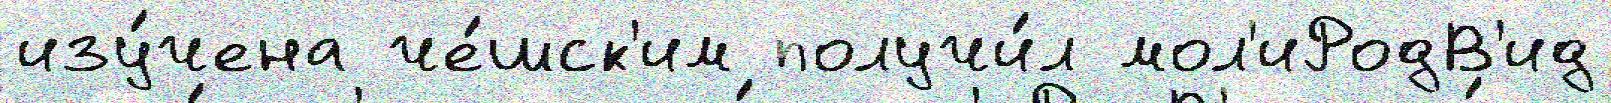
изу́чена че́шск'им получи́л мол'иРодВ'ид